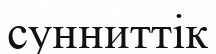
сунниттік